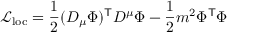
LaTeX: \ { \mathcal { L } } _ { \mathrm { l o c } } = { \frac { 1 } { 2 } } ( D _ { \mu } \Phi ) ^ { \mathsf { T } } D ^ { \mu } \Phi - { \frac { 1 } { 2 } } m ^ { 2 } \Phi ^ { \mathsf { T } } \Phi